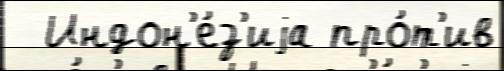
  Индон'е́з'иjа про́т'ив